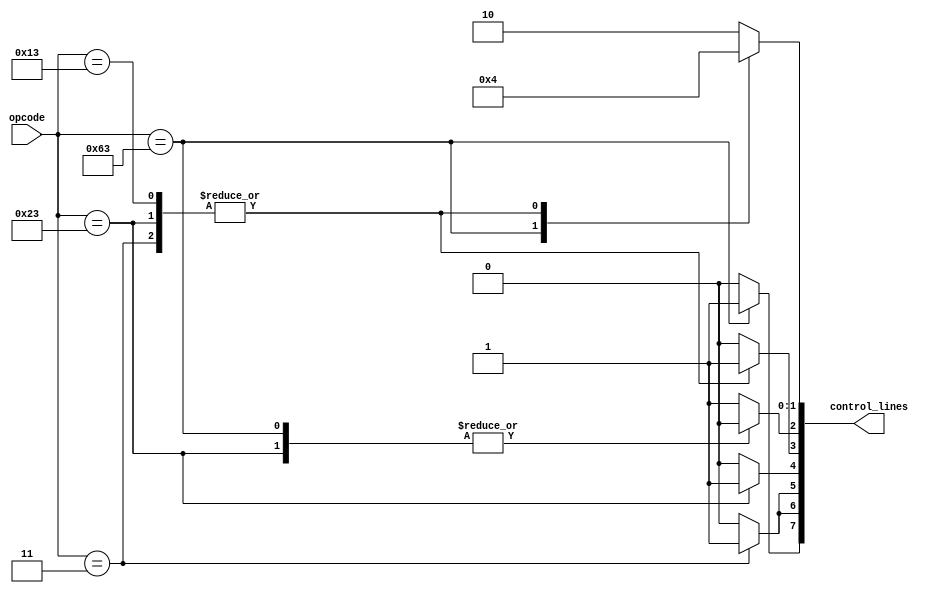
module Control_Unit
(
	input[6:0] opcode,
	output reg[7:0] control_lines
);
reg Branch, MemRead, MemtoReg, MemWrite, ALUSrc, RegWrite;
reg[1:0] ALUOp;
		initial
		begin
			Branch = 1'b0;
			MemRead = 1'b0;
			MemtoReg = 1'b0;
			MemWrite = 1'b0;
			ALUSrc = 1'b0;
			RegWrite = 1'b0;
			ALUOp = 2'b00;
			control_lines = {Branch, MemRead, MemtoReg, 
			            MemWrite, ALUSrc, RegWrite, ALUOp};
		end
		
		always @(opcode)
		begin
			case (opcode)
			7'b0110011:
				begin
					Branch = 1'b0;
					MemRead = 1'b0;
					MemtoReg = 1'b0;
					MemWrite = 1'b0;
					ALUSrc = 1'b0;
					RegWrite = 1'b1;
					ALUOp = 2'b10;				
				end
			7'b0000011: 
				begin
					Branch = 1'b0;
					MemRead = 1'b1;
					MemtoReg = 1'b1;
					MemWrite = 1'b0;
					ALUSrc = 1'b1;
					RegWrite = 1'b1;
					ALUOp = 2'b00;
				end
		    7'b0100011: 
				begin
					Branch = 1'b0;
					MemRead = 1'b0;
					MemtoReg = 1'bx;
					MemWrite = 1'b1;
					ALUSrc = 1'b1;
					RegWrite = 1'b0;
					ALUOp = 2'b00;
				end
			7'b1100011:
				 begin
					Branch = 1'b1;
					MemRead = 1'b0;
					MemtoReg = 1'bx;
					MemWrite = 1'b0;
					ALUSrc = 1'b0;
					RegWrite = 1'b0;
					ALUOp = 2'b01;
				end
			7'b0010011:
				begin
					Branch = 1'b0;
					MemRead = 1'b0;      //changed from 1 to 0
					MemtoReg = 1'b0;
					MemWrite = 1'b0;
					ALUSrc = 1'b1;
					RegWrite = 1'b1;
					ALUOp = 2'b00;
				end
			endcase
			control_lines = {Branch, MemRead, MemtoReg, 
			             MemWrite, ALUSrc, RegWrite, ALUOp};
		end
endmodule